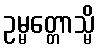
ဥမ္မတ္တောသ္မိ